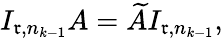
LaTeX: I_{\mathfrak{r},n_{k-1}}A=\widetilde{{A}}I_{\mathfrak{r},n_{k-1}},